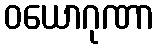
ဝယောဂုဏာ